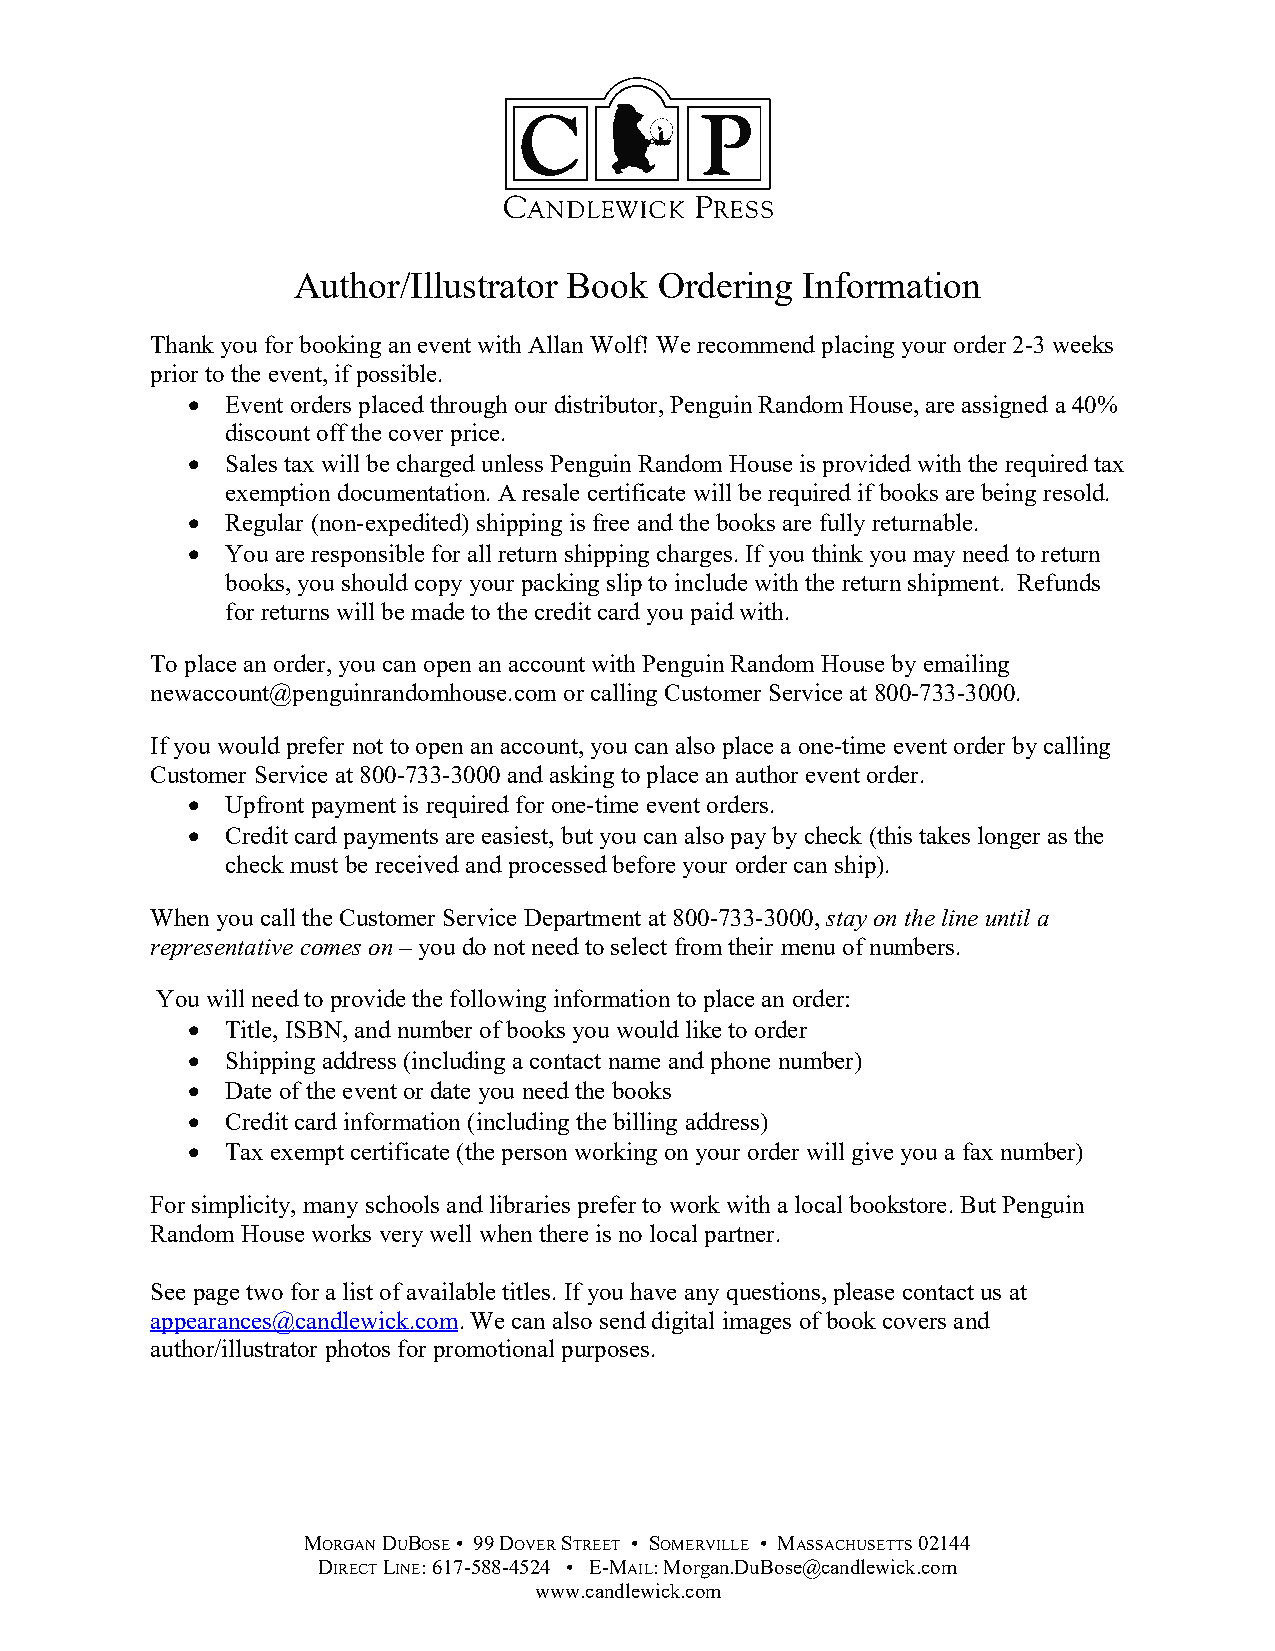
Author/Illustrator Book  Ordering Information
 Thank you for booking an event with Allan Wolf! We recommend placing your order 2-3 weeks
 prior to the event, if possible.
   Event orders placed through our distributor, Penguin Random House, are assigned a 40%
 discount off the cover price.
   Sales tax will be charged unless Penguin Random House is provided with the required tax
 exemption documentation. A resale certificate will be required if books are being resold.
   Regular (non-expedited) shipping is free and the books are fully returnable.
   You are responsible for all return shipping charges. If you think you may need to return
 books, you should copy your packing slip to include with the return shipment. Refunds
 for returns will be made to the credit card you paid with.
 To place an order, you can open an account with Penguin Random House by emailing
 newaccount@penguinrandomhouse.com or calling Customer Service at 800-733-3000.
 If you would prefer not to open an account, you can also place a one-time event order by calling
 Customer Service at 800-733-3000 and asking to place an author event order.
   Upfront payment is required for one-time event orders.
   Credit card payments are easiest, but you can also pay by check (this takes longer as the
 check must be received and processed before your order can ship).
 When you call the Customer Service Department at 800-733-3000, stay on the line until a
 representative comes on – you do not need to select from their menu of numbers.
 You will need to provide the following information to place an order:
   Title, ISBN, and number of books you would like to order
   Shipping address (including a contact name and phone number)
   Date of the event or date you need the books
   Credit card information (including the billing address)
   Tax exempt certificate (the person working on your order will give you a fax number)
 For simplicity, many schools and libraries prefer to work with a local bookstore. But Penguin
 Random House works very well when there is no local partner.
 See page two for a list of available titles. If you have any questions, please contact us at
 appearances@candlewick.com. We can also send digital images of book covers and
 author/illustrator photos for promotional purposes.
 MORGAN DUBOSE • 99 DOVER STREET • SOMERVILLE • MASSACHUSETTS 02144
 DIRECT LINE: 617-588-4524 • E-MAIL: Morgan.DuBose@candlewick.com
 www.candlewick.com